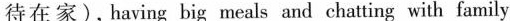
待在家), having big meals and chatting with family